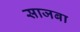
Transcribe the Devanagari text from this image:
साजबा